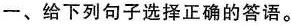
一、给下列句子选择正确的答语。